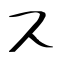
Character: ス